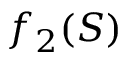
f _ { 2 } ( S )